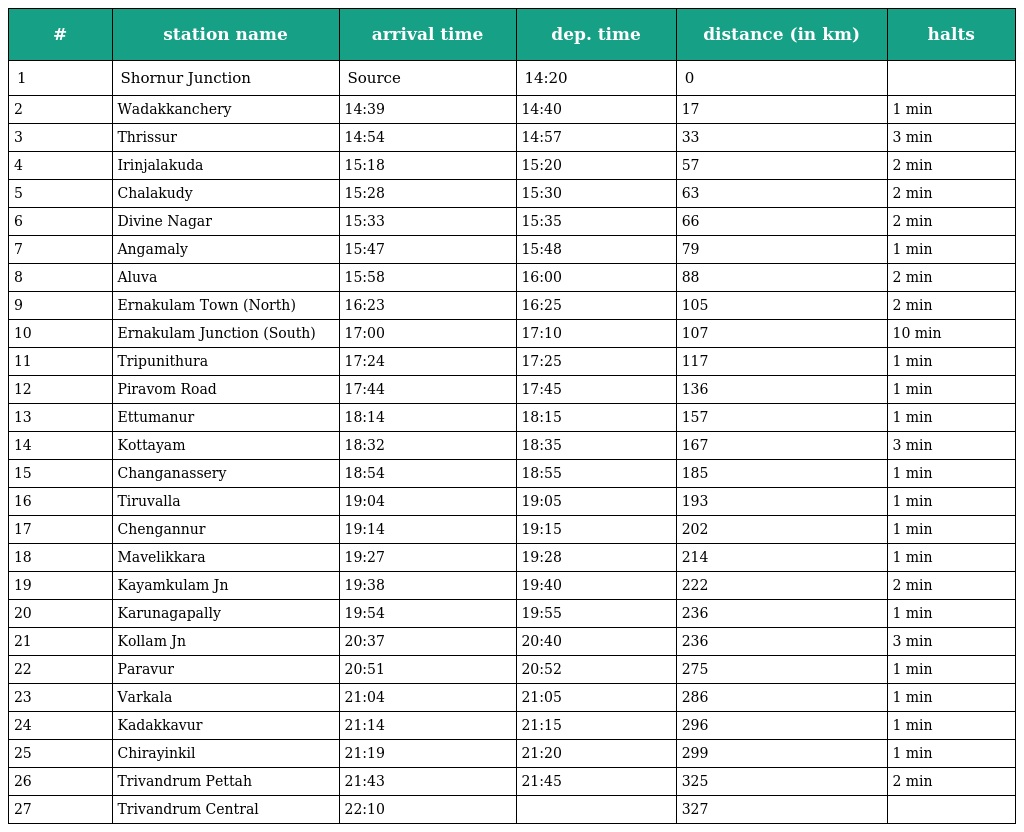
| # | station name | arrival time | dep. time | distance (in km) | halts |
 | --- | --- | --- | --- | --- | --- |
 | 1 | Shornur Junction | Source | 14:20 | 0 |  |
 | 2 | Wadakkanchery | 14:39 | 14:40 | 17 | 1 min |
 | 3 | Thrissur | 14:54 | 14:57 | 33 | 3 min |
 | 4 | Irinjalakuda | 15:18 | 15:20 | 57 | 2 min |
 | 5 | Chalakudy | 15:28 | 15:30 | 63 | 2 min |
 | 6 | Divine Nagar | 15:33 | 15:35 | 66 | 2 min |
 | 7 | Angamaly | 15:47 | 15:48 | 79 | 1 min |
 | 8 | Aluva | 15:58 | 16:00 | 88 | 2 min |
 | 9 | Ernakulam Town (North) | 16:23 | 16:25 | 105 | 2 min |
 | 10 | Ernakulam Junction (South) | 17:00 | 17:10 | 107 | 10 min |
 | 11 | Tripunithura | 17:24 | 17:25 | 117 | 1 min |
 | 12 | Piravom Road | 17:44 | 17:45 | 136 | 1 min |
 | 13 | Ettumanur | 18:14 | 18:15 | 157 | 1 min |
 | 14 | Kottayam | 18:32 | 18:35 | 167 | 3 min |
 | 15 | Changanassery | 18:54 | 18:55 | 185 | 1 min |
 | 16 | Tiruvalla | 19:04 | 19:05 | 193 | 1 min |
 | 17 | Chengannur | 19:14 | 19:15 | 202 | 1 min |
 | 18 | Mavelikkara | 19:27 | 19:28 | 214 | 1 min |
 | 19 | Kayamkulam Jn | 19:38 | 19:40 | 222 | 2 min |
 | 20 | Karunagapally | 19:54 | 19:55 | 236 | 1 min |
 | 21 | Kollam Jn | 20:37 | 20:40 | 236 | 3 min |
 | 22 | Paravur | 20:51 | 20:52 | 275 | 1 min |
 | 23 | Varkala | 21:04 | 21:05 | 286 | 1 min |
 | 24 | Kadakkavur | 21:14 | 21:15 | 296 | 1 min |
 | 25 | Chirayinkil | 21:19 | 21:20 | 299 | 1 min |
 | 26 | Trivandrum Pettah | 21:43 | 21:45 | 325 | 2 min |
 | 27 | Trivandrum Central | 22:10 |  | 327 |  |